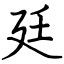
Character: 廷